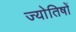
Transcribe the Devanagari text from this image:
ज्याेतिषाें